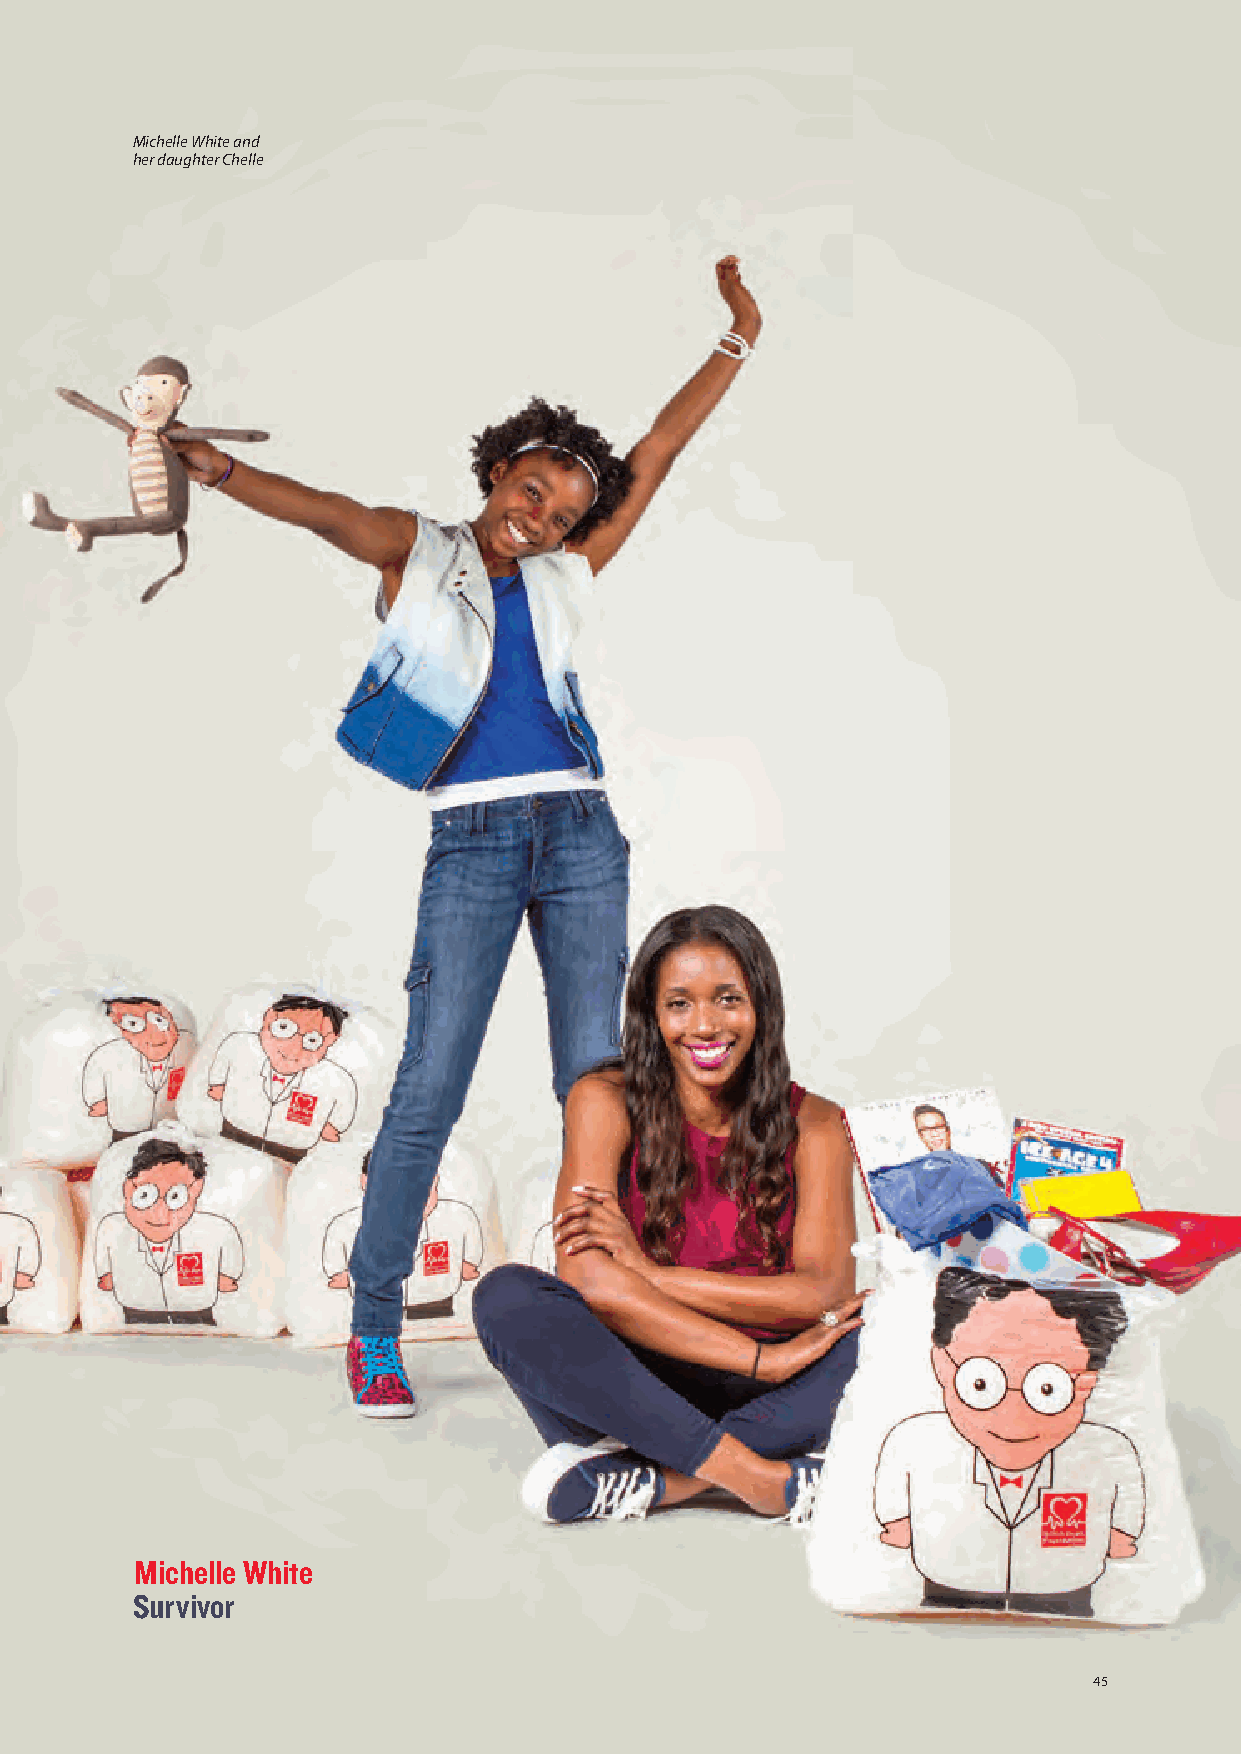
Michelle White and
 her daughter Chelle
 Michelle White
 Survivor
 45